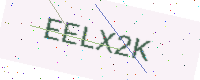
Text: EELX2K